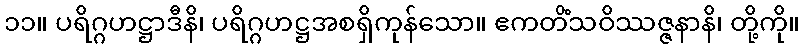
၁၁။ ပရိဂ္ဂဟဋ္ဌာဒီနိ၊ ပရိဂ္ဂဟဋ္ဌအစရှိကုန်သော။ ဧကတိံသဝိဿဇ္ဇနာနိ၊ တို့ကို။